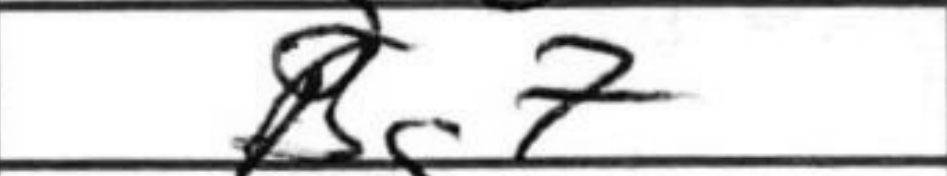
Transcription: Bg7